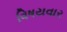
વિષયવાર